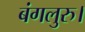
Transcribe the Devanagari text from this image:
बंगलुरु।